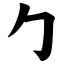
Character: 勹